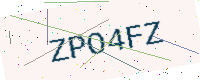
Text: ZPO4FZ